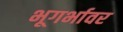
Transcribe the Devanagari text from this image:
भूगर्भावर